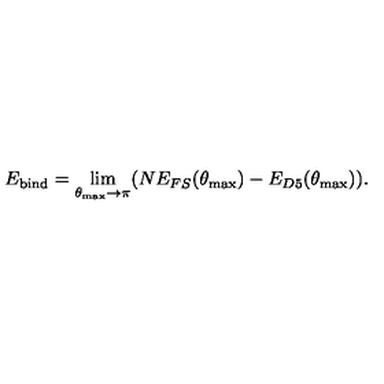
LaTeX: E _ { \mathrm { b i n d } } = \lim _ { \theta _ { \mathrm { m a x } } \rightarrow \pi } ( N E _ { F S } ( \theta _ { \mathrm { m a x } } ) - E _ { D 5 } ( \theta _ { \mathrm { m a x } } ) ) .